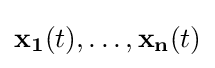
\mathbf {x_{1}} (t),\ldots ,\mathbf {x_{n}} (t)